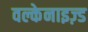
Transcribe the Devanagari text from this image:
वल्केनाइज़्ड